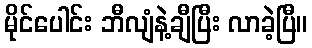
မိုင်ပေါင်း ဘီလျံနဲ့ချီပြီး လာခဲ့ပြီ။